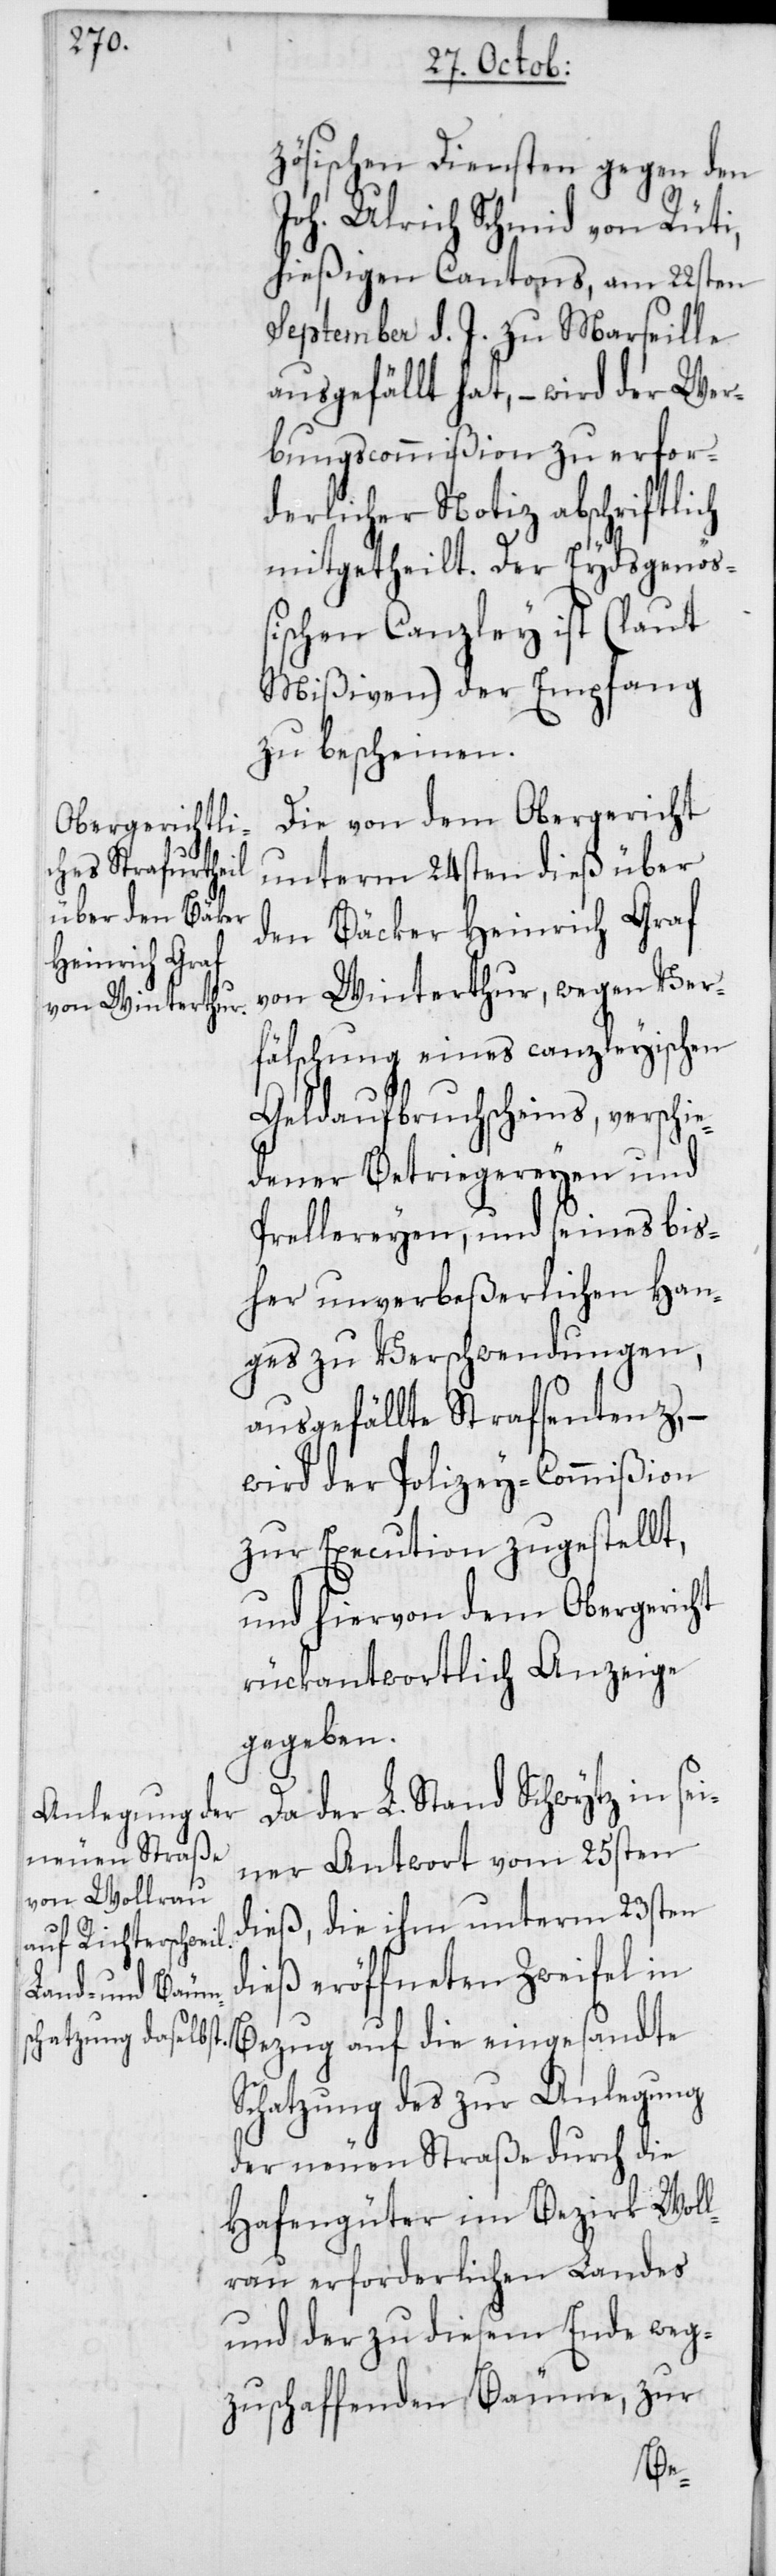
zösischen Diensten gegen den
Joh. Ulrich Schmid von Rüti,
hießigen Cantons, am 22sten
September d. J. zu Marseille
ausgefällt hat, – wird der Wer¬
bungscommißion zu erfor¬
derlicher Notiz abschriftlich
mitgetheilt. Der Eydsgenöß¬
ischen Canzley ist (laut
Mißiven) der Empfang
zu bescheinen.
Die von dem Obergericht
unterm 24sten dieß über
den Bäcker Heinrich Graf
von Winterthur, wegen Ver¬
fälschung eines canzleyischen
Geldaufbruchscheins, verschie¬
dener Betriegereyen und
Prellereien, und seines bis¬
her unverbeßerlichen Han¬
ges zu Verschwendungen,
ausgefällte Strafsentenz, –
wird der Polizey-Commißion
zur Execution zugestellt,
und hiervon dem Obergericht
rückantwortlich Anzeige
gegeben.
Da der L. Stand Schwytz in sei¬
ner Antwort vom 25sten
dieß, die ihm unterm 23sten
dieß eröffneten Zweifel in
Bezug auf die eingesandte
Schatzung des zur Anlegung
der neuen Straße durch die
Hafengüter im Bezirk Woll¬
erau erforderlichen Landes
und der zu diesem Ende weg¬
zuschaffenden Bäume, zur